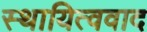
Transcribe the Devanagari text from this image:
स्थायित्ववाद